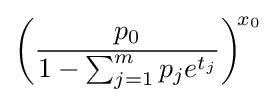
{\bigg (}{\frac {p_{0}}{1-\sum _{j=1}^{m}p_{j}e^{t_{j}}}}{\bigg )}^{\!x_{0}}